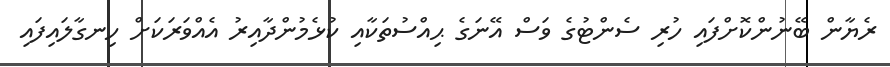
ރެޔާން ބޭނުންކޮށްފައި ހުރި ސެންޓުގެ ވަސް އޭނަގެ ޙިއްސުތަކާއި ކުޅެމުންދާއިރު އެއްވަރަކަށް ހިނގާލައިފައި